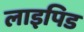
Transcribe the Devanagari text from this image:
लाइपिड